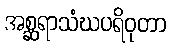
အစ္ဆရာသံဃပရိဝုတာ